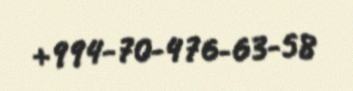
+994-70-476-63-58